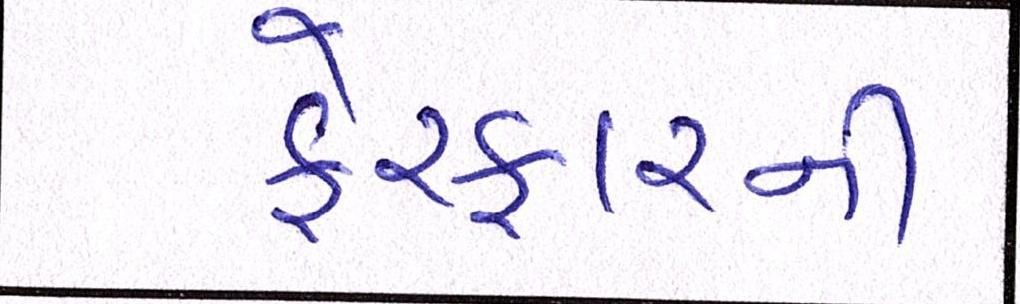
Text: ફેરફારની